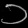
Digit: ၁